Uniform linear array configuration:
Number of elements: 8
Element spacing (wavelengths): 0.25
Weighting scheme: hann
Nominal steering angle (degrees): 0
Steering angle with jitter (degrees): -1.894
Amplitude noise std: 0.05
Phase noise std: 0.05

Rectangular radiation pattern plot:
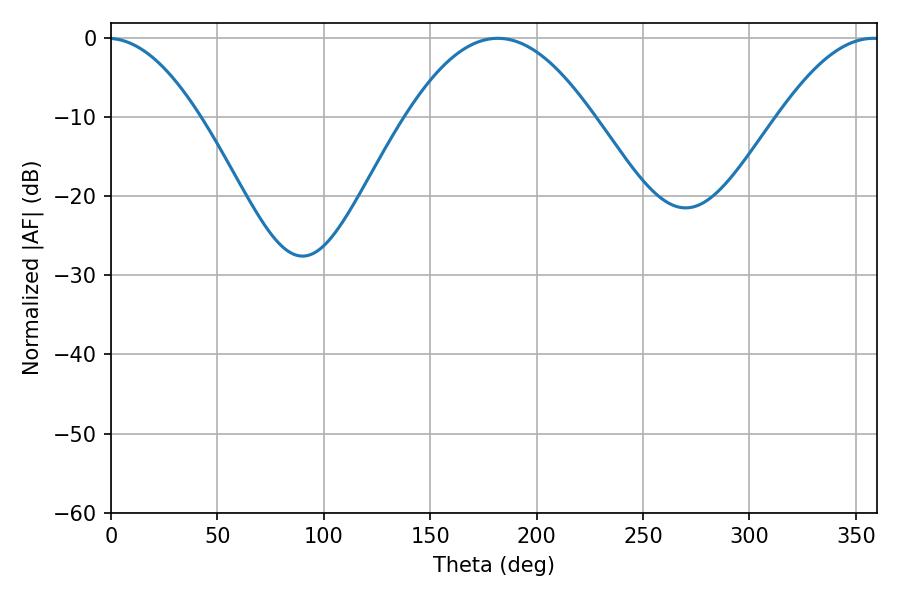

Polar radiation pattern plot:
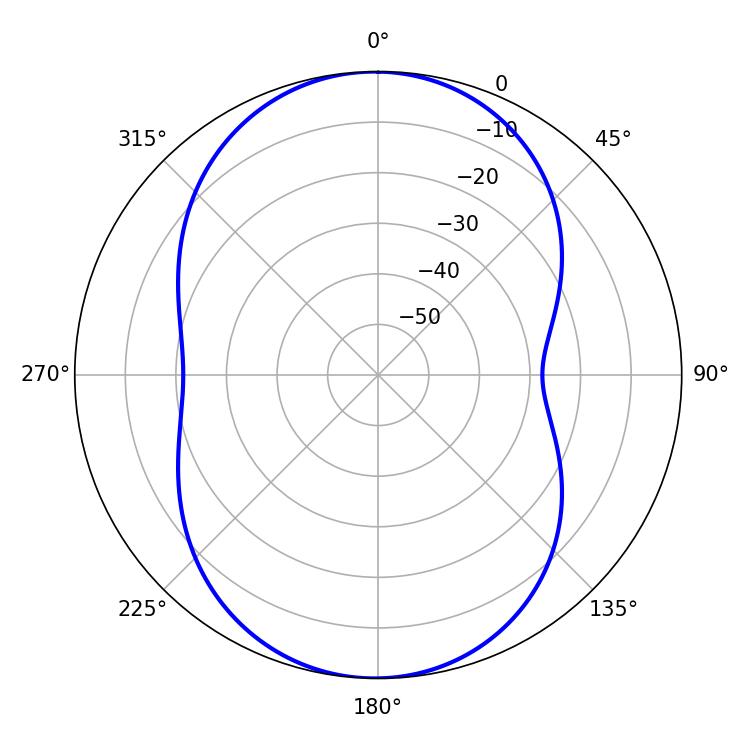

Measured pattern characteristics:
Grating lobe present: FALSE
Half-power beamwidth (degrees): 47.88
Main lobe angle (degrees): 181.8